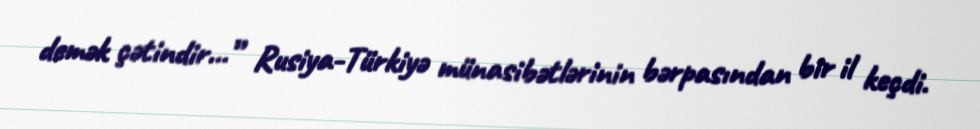
demək çətindir...” Rusiya-Türkiyə münasibətlərinin bərpasından bir il keçdi.